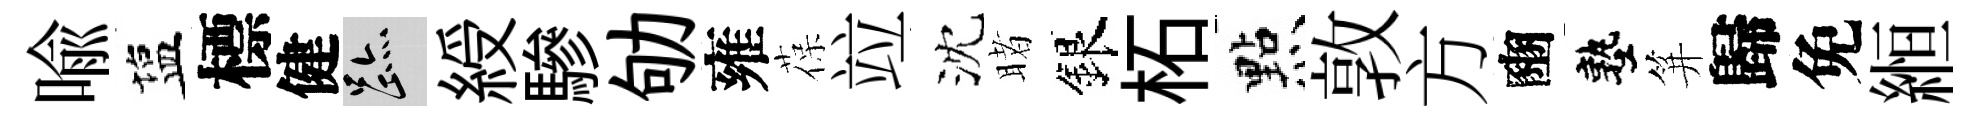
喩塩標健迹綬驂劬雍葆竝沈睹銀柘㸃敦方豳塾笄歸免縆